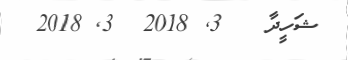
ޝަހީދާ   3